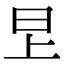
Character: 㫔